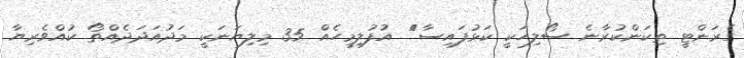
ގެރަންޓީ ތިކަންކުރާނެ ސޯލިހަކީ ކަޅުފައިސާ ެުެެުެުެެު އުފުލިމީހެެއް 35 މިލިޔަނަކީ މަދުއަދަދެއްތޯ ކުއްވެރިޔާ